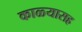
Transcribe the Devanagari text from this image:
काळ्यासह